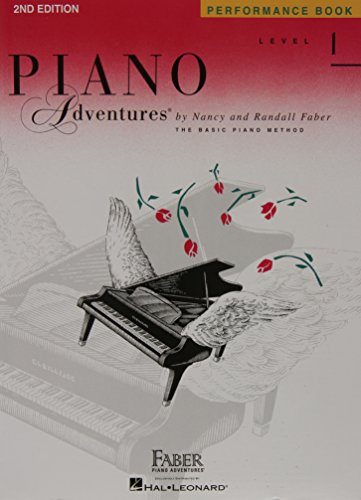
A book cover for Level 1 - Performance Book: Piano Adventures; Humor & Entertainment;